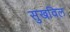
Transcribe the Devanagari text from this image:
सुखविल